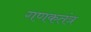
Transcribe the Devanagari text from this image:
गणकतंत्र